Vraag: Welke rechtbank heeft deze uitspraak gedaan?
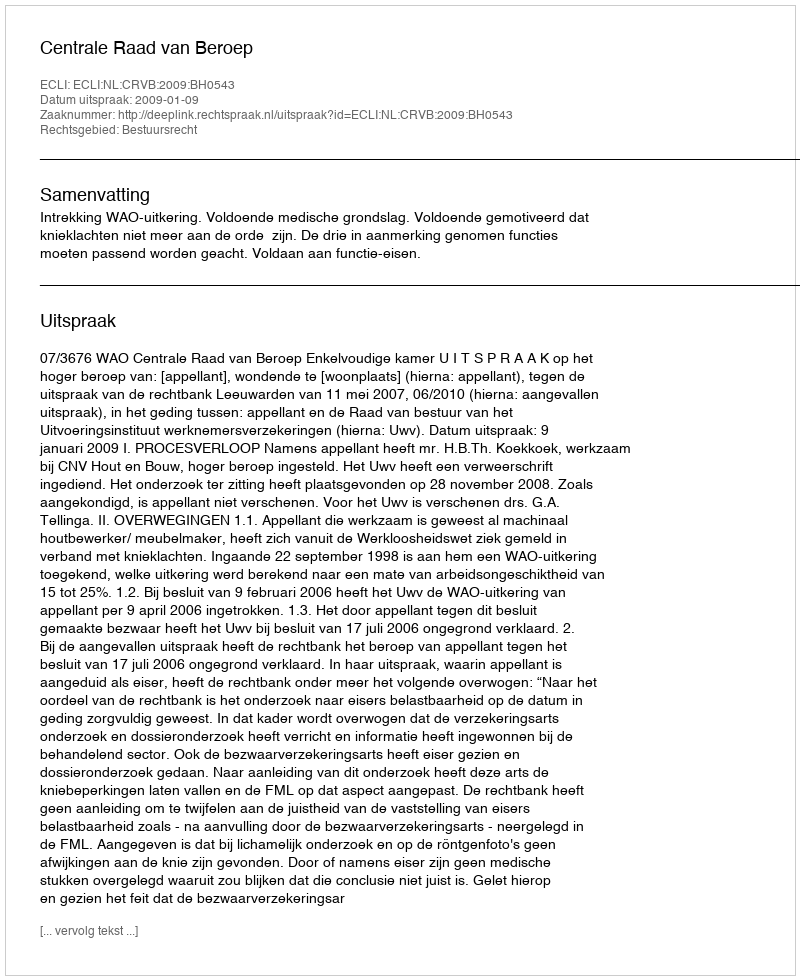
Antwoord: Centrale Raad van Beroep